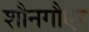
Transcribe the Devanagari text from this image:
शौनगौएर